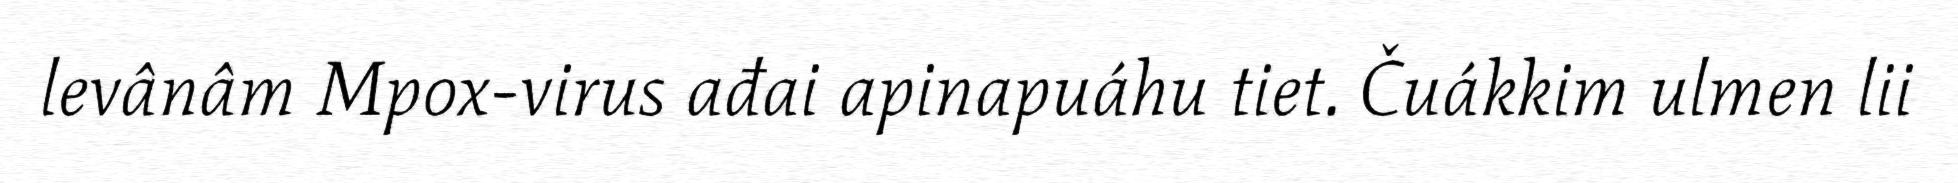
levânâm Mpox-virus ađai apinapuáhu tiet. Čuákkim ulmen lii